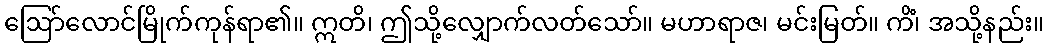
ဩော်လောင်မြိုက်ကုန်ရာ၏။ ဣတိ၊ ဤသို့လျှောက်လတ်သော်။ မဟာရာဇ၊ မင်းမြတ်။ ကိံ၊ အသို့နည်း။